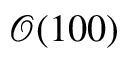
\mathcal O ( 1 0 0 )